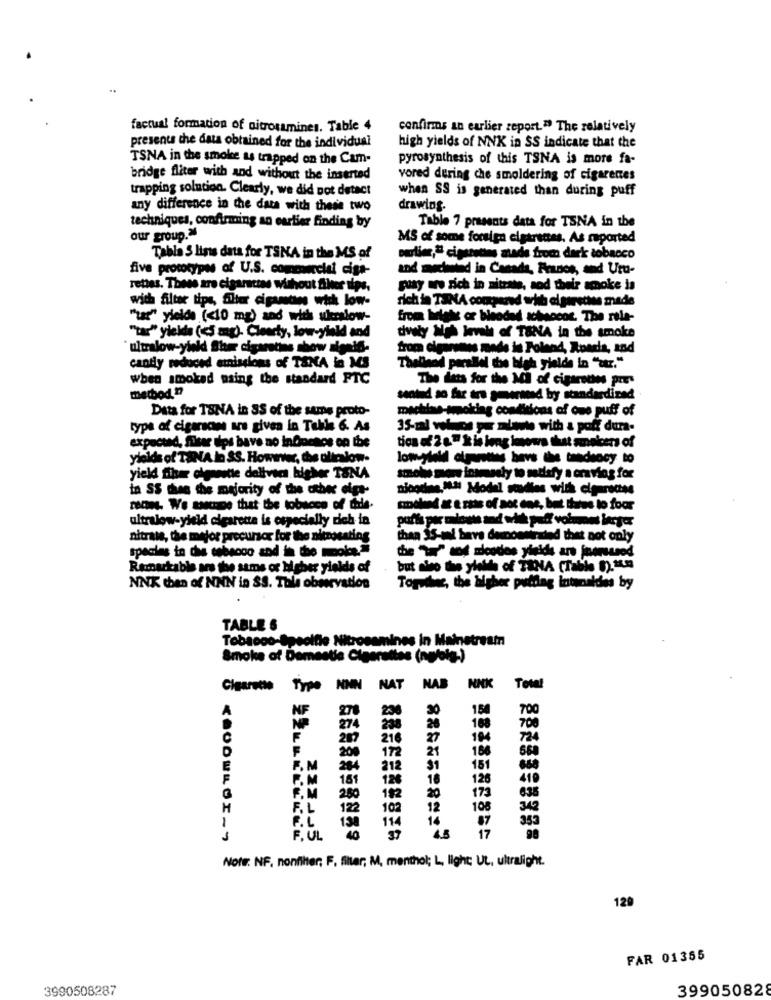
factual formation of nitrosamines. Table 4
confirms an earlier zeport." The relatively
presente the data obtained for the individual
high yields of NNK in SS indicate that the
TSNA in the smoke as trapped on the Cam-
pyrosynthesis of this TSNA is more fa-
bridge fliter with and without the inserted
vored during che smoldering of cigarenes
trapping solution. Clearly, we did not detect
when SS is generated than during puff
any difference in the data with these two
drawing.
techniques, confirming an earlier finding by
Table 7 presents data for TSNA in the
our group."
MS of some forsign elgarscas. As reported
Tabla S lists data for TSNA in the MS of
partien," cigarettes atade from dark tobacco
five prototypes of U.S. commercial cigs-
Schwind in Canada, Francs, and Uru-
rettes. These are cigaractas without fiber tips,
guay wro sich in nitrate, sod their smoke is
wich filter tips, Sllter cigastos wick low-
rich in TaNA compared with el garsthe made
"tar" yields (<10 mg) and with ukerslow-
from lists or bleedad achsocos. The rele-
"tar" yields (<5 mg). Clearty, low-yield and
dvaty High level of TONA in the smoke
`ultralow-yield Sher cigaretins show signif-
from cigarsnes made in Poland, Roadis, and
cantly reduced emissions of TANA la MS
wod paraBol the high yields in "str."
when smoked naing the standard FTC
The dets for the Mi of cigarettes pre-
method ??
sentud so far tre governed by standardized
Data for TSNA in SS of the same proto-
machlas-smoking conditions of one puff of
type of cigarscans ars given in Table 6. As
35-mal votos per zaleute with a poff dura-
expected, filter aips have no infochos on the
tion of 2 a." k is long losowo that smokers of
yields of TUNA in SS. However, the olialow-
low yield cigarettes havs the tendency to
yield fiber cleanette dellvic higher TSNA
smoke mere fosmusely to satisfy a craving for
in SS thee the majority of the other digt-
reces. We mange that the tobacco of this.
nodland at & rate of aoc dos, but Ihave to foor
ultralow-yield cigarette is especially dich in
nitrate, the mejor precursor for the nitrosating
than 35-vi bara demnostirated thet not only
species in this cebecoo and in the moole,'"
the "" mod andcodes yigids are inomased
Remarkable are the same or higher yields of
but also the ylath of TINA (Table 8). * 59
NNK then of NNN in SS. This observation
Together, the higher putting intenaldes by
TABLE 6
Tobacco-Speolfie Nitrosamines in Mainstreamn
Smoke of Dementie Cigarettes (ngfois-)
Cigarette Type NNN NAT NAB NNK Total
278
23
30
184
700
274
238
26
188
700
287
216
27
720
21
188
200
172
660
E
F.M
284
212
31
151
F
P.M
181
126
16
120
419
173
F.M
250
192
20
635
H
F. L
122
102
12
108
342
1
353
114
14
87
F. UL
17
Note: NF. nonfilter; F. filter, M, menthol; L, light; Ut, ultralight.
129
FAR 01355
3990508287
399050828